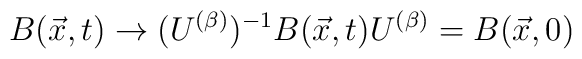
B(\vec{x},t)\rightarrow (U^{(\beta)})^{-1} B(\vec{x},t) U^{(\beta)} =B(\vec{x},0)